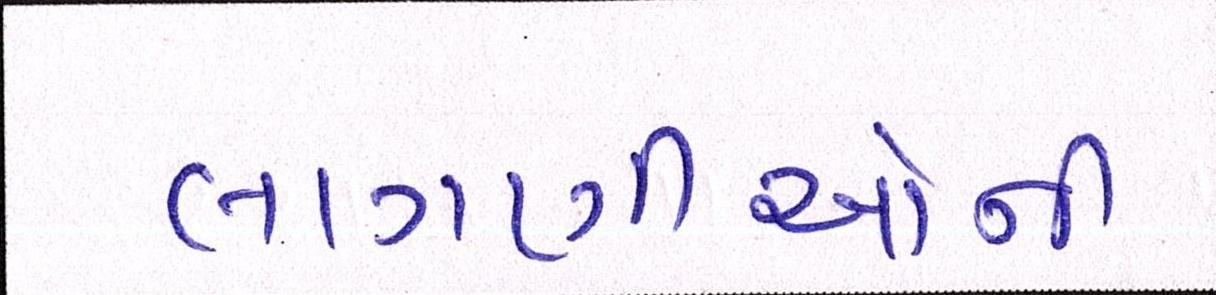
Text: લાગણીઓની